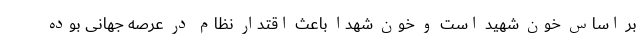
بر اساس خون شهید است و خون شهدا باعث اقتدار نظام در عرصه جهانی بوده